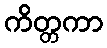
ကိတ္တကာ